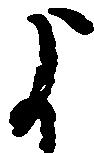
よ